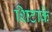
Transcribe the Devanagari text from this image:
शिटाके